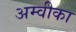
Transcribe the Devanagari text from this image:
अम्वीका